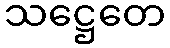
သဋ္ဌေတေ